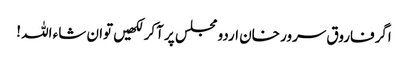
اگرفاروق سرور خان اردو مجلس پر آکر لکھیں توان شاء اللہ !